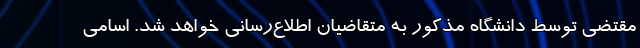
مقتضی توسط دانشگاه مذکور به متقاضیان اطلاع‌رسانی خواهد شد. اسامی